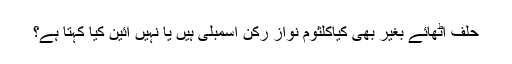
حلف اٹھائے بغیر بھی کیاکلثوم نواز رکن اسمبلی ہیں یا نہیں آئین کیا کہتا ہے؟